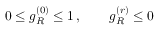
0 \leq g _ { R } ^ { ( 0 ) } \leq 1 \, , \qquad g _ { R } ^ { ( r ) } \leq 0